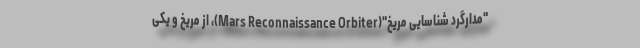
"مدارگرد شناسایی مریخ"(Mars Reconnaissance Orbiter)، از مریخ و یکی